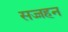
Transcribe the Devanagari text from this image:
सज्जहन